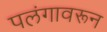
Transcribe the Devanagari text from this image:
पलंगावरून